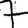
Digit: 7